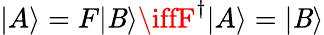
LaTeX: |A\rangle=F|\mathit{B}\rangle\iffF^{\dagger}|A\rangle=|\mathit{B}\rangle